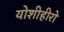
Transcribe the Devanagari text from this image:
योशीहीरो